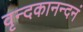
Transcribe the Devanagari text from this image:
वृन्दकानन्दनं